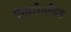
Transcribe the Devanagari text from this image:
पायरीगणिक